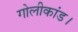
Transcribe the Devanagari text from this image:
गोलीकांड।